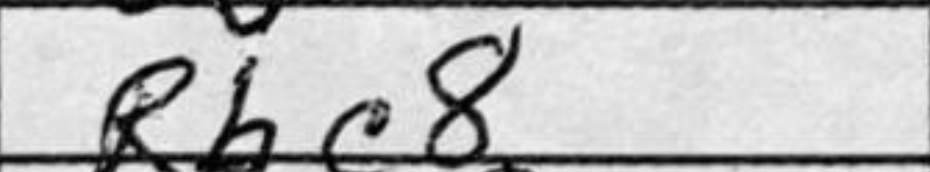
Transcription: Rbc8